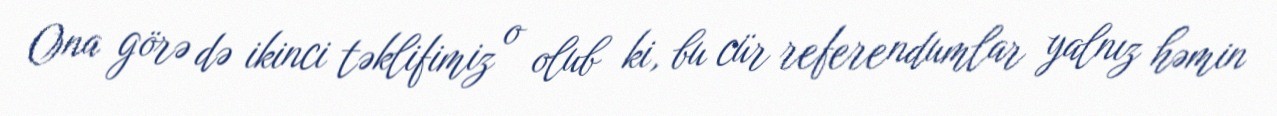
Ona görə də ikinci təklifimiz o olub ki, bu cür referendumlar yalnız həmin